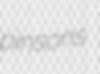
pinsons